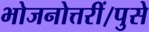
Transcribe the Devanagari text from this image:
भोजनोत्तरीं।पुसे